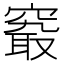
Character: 𥧖